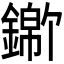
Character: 𬬃